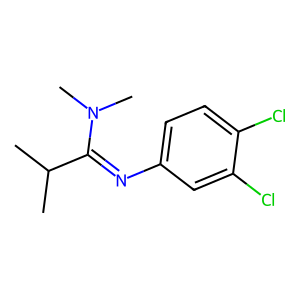
SMILES: CC(C)C(=Nc1ccc(Cl)c(Cl)c1)N(C)C
Inhibits HIV replication: No